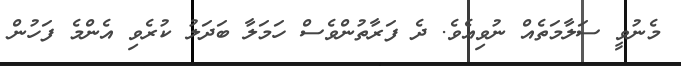
މެނުވީ ސަލާމަތެއް ނުވިއެވެ. ދެ ފަރާތުންވެސް ހަމަލާ ބަދަލު ކުރެވި އެންމެ ފަހުން